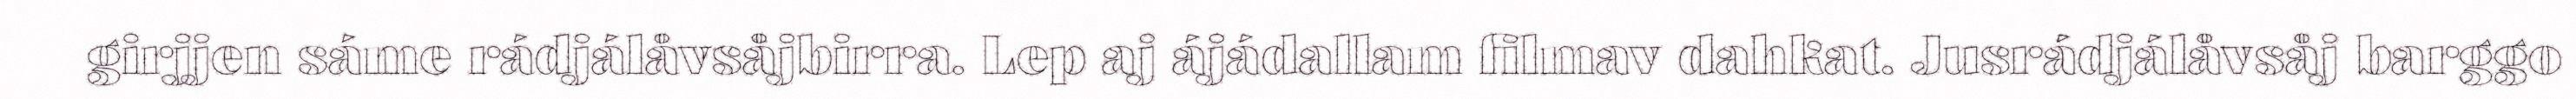
girjjen sáme rádjálåvsåjbirra. Lep aj ájádallam filmav dahkat. Jusrádjálåvsåj barggo